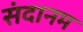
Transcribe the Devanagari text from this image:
संदानम